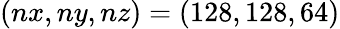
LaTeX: (nx,ny,nz)=(128,128,64)